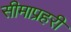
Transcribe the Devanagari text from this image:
सीमाप्रहरी